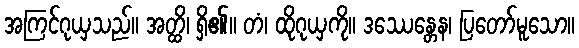
အကြင်ဂုယှသည်။ အတ္ထိ၊ ရှိ၏။ တံ၊ ထိုဂုယှကို။ ဒဿေန္တေန၊ ပြတော်မူသော။